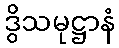
ဒွိသမုဋ္ဌာနံ